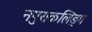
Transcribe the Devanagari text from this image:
नपुसकलिङ्ग